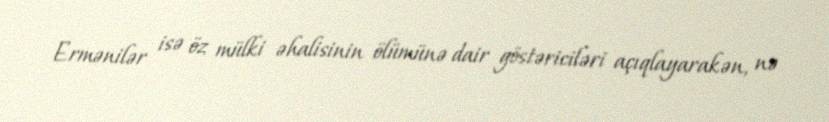
Ermənilər isə öz mülki əhalisinin ölümünə dair göstəriciləri açıqlayarakən, nə